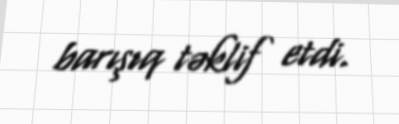
barışıq təklif etdi.